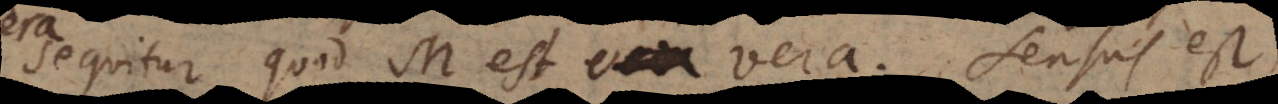
sequitur quod M est vera, sensus est,